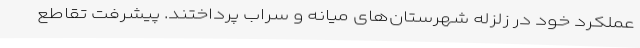
عملکرد خود در زلزله شهرستان‌های میانه و سراب پرداختند. پیشرفت تقاطع